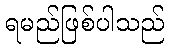
ရမည်ဖြစ်ပါသည်